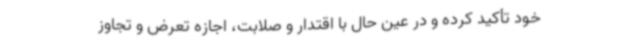
خود تأکید کرده و در عین حال با اقتدار و صلابت، اجازه تعرض و تجاوز